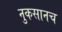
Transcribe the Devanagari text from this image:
नुकसानच